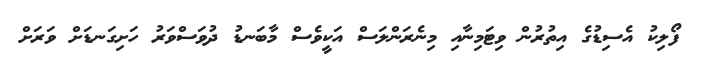
ފޯލިކު އެސިޑުގެ އިތުރުން ވިޓަމިނާއި މިނެރަންލަސް އަކީވެސް މާބަނޑު ދުވަސްވަރު ހަށިގަނޑަށް ވަރަށް